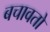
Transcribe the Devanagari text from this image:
बचावतो